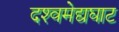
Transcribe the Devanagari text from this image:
दश्‍वमेद्यघाट